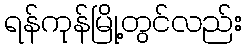
ရန်ကုန်မြို့တွင်လည်း